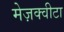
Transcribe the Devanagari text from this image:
मेज़क्वीटा